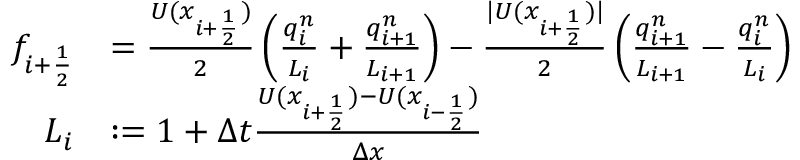
\begin{array} { r l } { f _ { i + \frac 1 2 } } & { = \frac { U ( x _ { i + \frac 1 2 } ) } { 2 } \left( \frac { q _ { i } ^ { n } } { L _ { i } } + \frac { q _ { i + 1 } ^ { n } } { L _ { i + 1 } } \right) - \frac { | U ( x _ { i + \frac 1 2 } ) | } { 2 } \left( \frac { q _ { i + 1 } ^ { n } } { L _ { i + 1 } } - \frac { q _ { i } ^ { n } } { L _ { i } } \right) } \\ { L _ { i } } & { : = 1 + \Delta t \frac { U ( x _ { i + \frac 1 2 } ) - U ( x _ { i - \frac 1 2 } ) } { \Delta x } } \end{array}